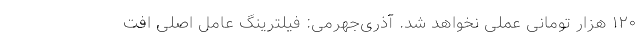
۱۲۰ هزار تومانی عملی نخواهد شد. آذری‌جهرمی: فیلترینگ عامل اصلی افت